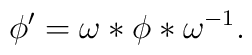
\phi^\prime=\omega*\phi*\omega^{-1}.